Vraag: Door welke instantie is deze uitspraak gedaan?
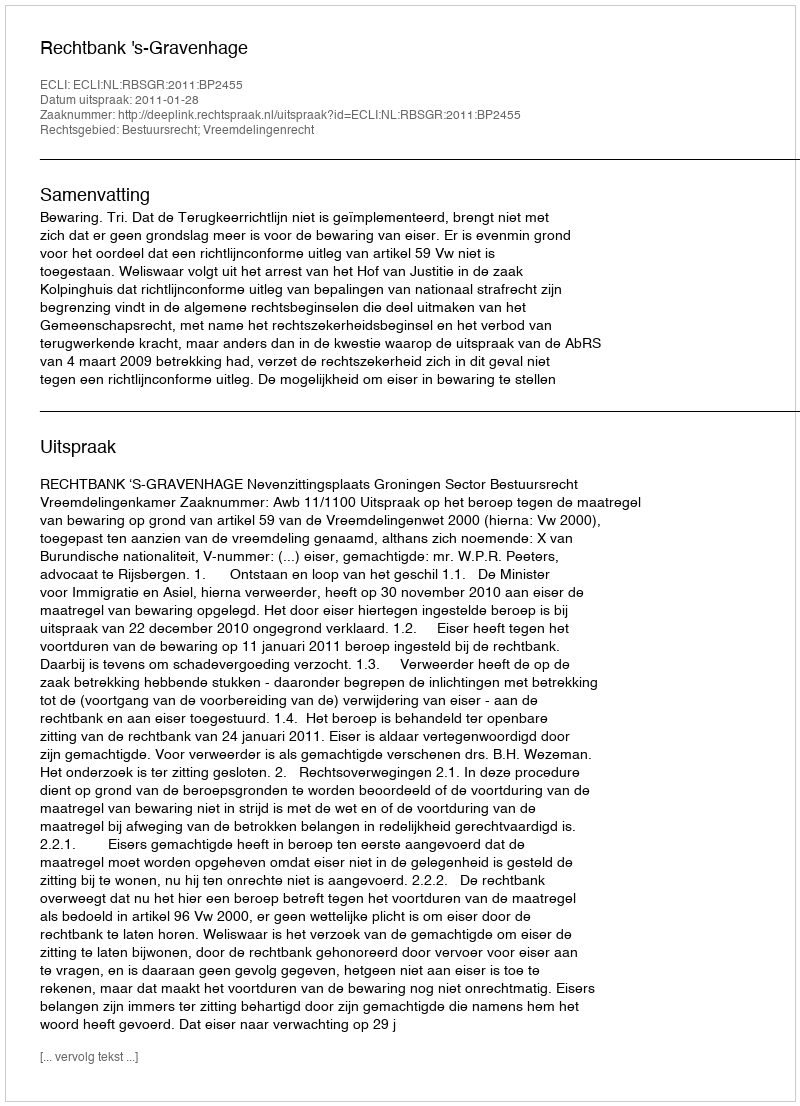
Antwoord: Rechtbank 's-Gravenhage